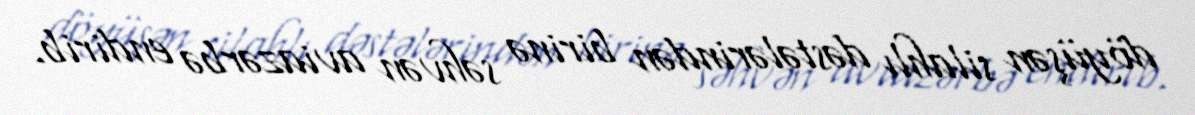
döyüşən silahlı dəstələrindən birinə səhvən aviazərbə endirib.